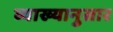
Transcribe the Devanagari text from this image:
व्याख्यानुसार